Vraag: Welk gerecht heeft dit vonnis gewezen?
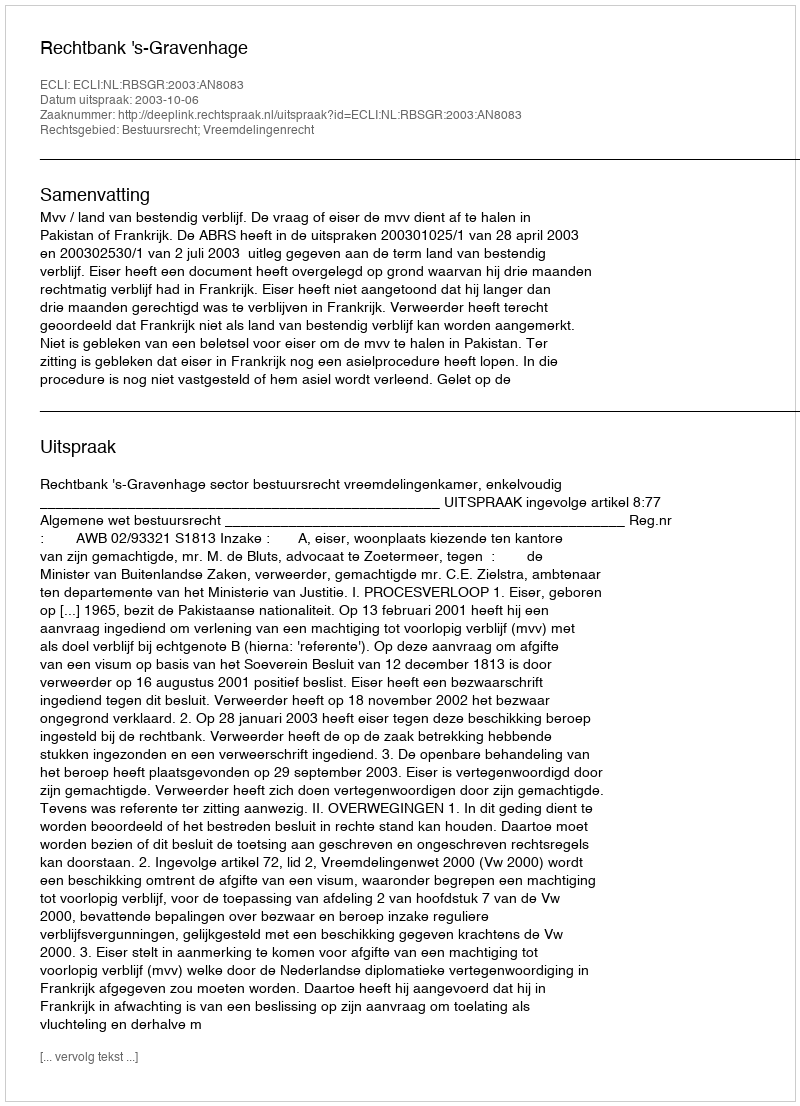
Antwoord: Rechtbank 's-Gravenhage